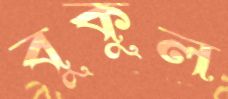
বুকুল